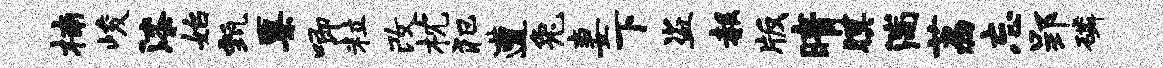
楠峻漆始甄粟唧粒改枕犯遭兔妻下盗赧版晴暝湍荔忘郢磷